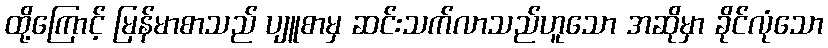
ထို့ကြောင့် မြန်မာစာသည် ပျူစာမှ ဆင်းသက်လာသည်ဟူသော အဆိုမှာ ခိုင်လုံသော